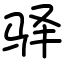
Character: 驿